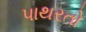
પાથરતો